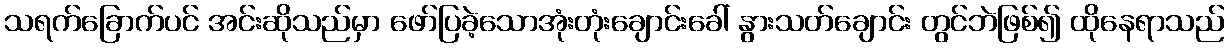
သရက်ခြောက်ပင် အင်းဆိုသည်မှာ ဖော်ပြခဲ့သောအုံးတုံးချောင်းခေါ် နွားသတ်ချောင်း တွင်ဘဲဖြစ်၍ ထိုနေရာသည်